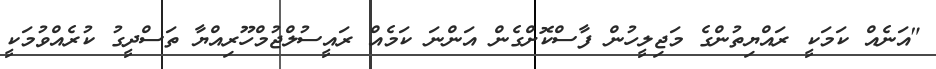
"އަނެއް ކަމަކީ ރައްޔިތުންގެ މަޖިލީހުން ފާސްކޮށްގެން އަންނަ ކަމެއް ރައީސުލްޖުމްހޫރިއްޔާ ތަސްދީގު ކުރެއްވުމަކީ